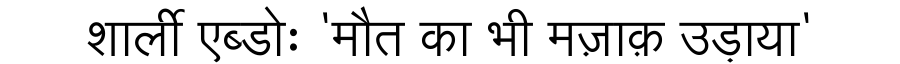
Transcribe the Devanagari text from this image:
शार्ली एब्डोः 'मौत का भी मज़ाक़ उड़ाया'